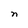
Character: n